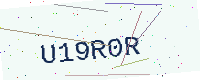
Text: U19R0R